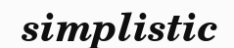
simplistic